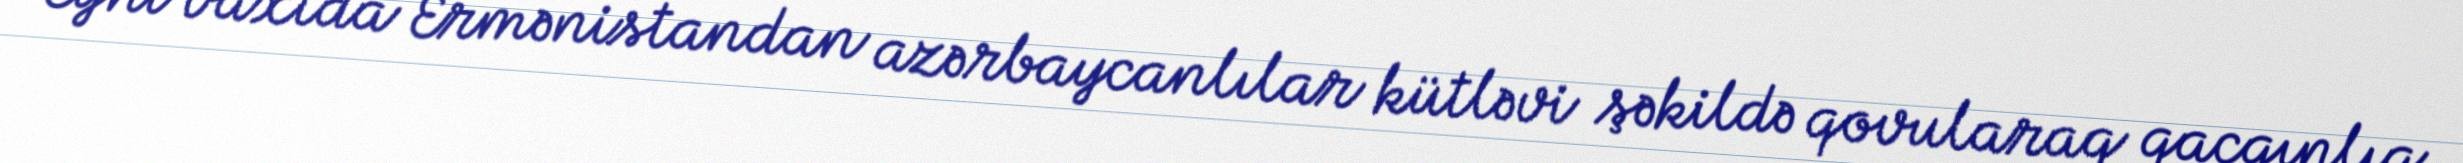
Eyni vaxtda Ermənistandan azərbaycanlılar kütləvi şəkildə qovularaq qaçqınlıq